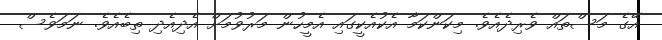
އޭގެ މަސްތައް ވެރިދެއެވެ. މިކަންކަމާ އެކުއެކީގައި އެމީހުން މަރުވުމަށް އެދިއެދި ތިބެއެވެ. ނަމަވެސް